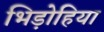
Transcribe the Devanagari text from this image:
भिड़ोहिया